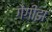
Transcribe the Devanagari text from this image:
गेंगीझ